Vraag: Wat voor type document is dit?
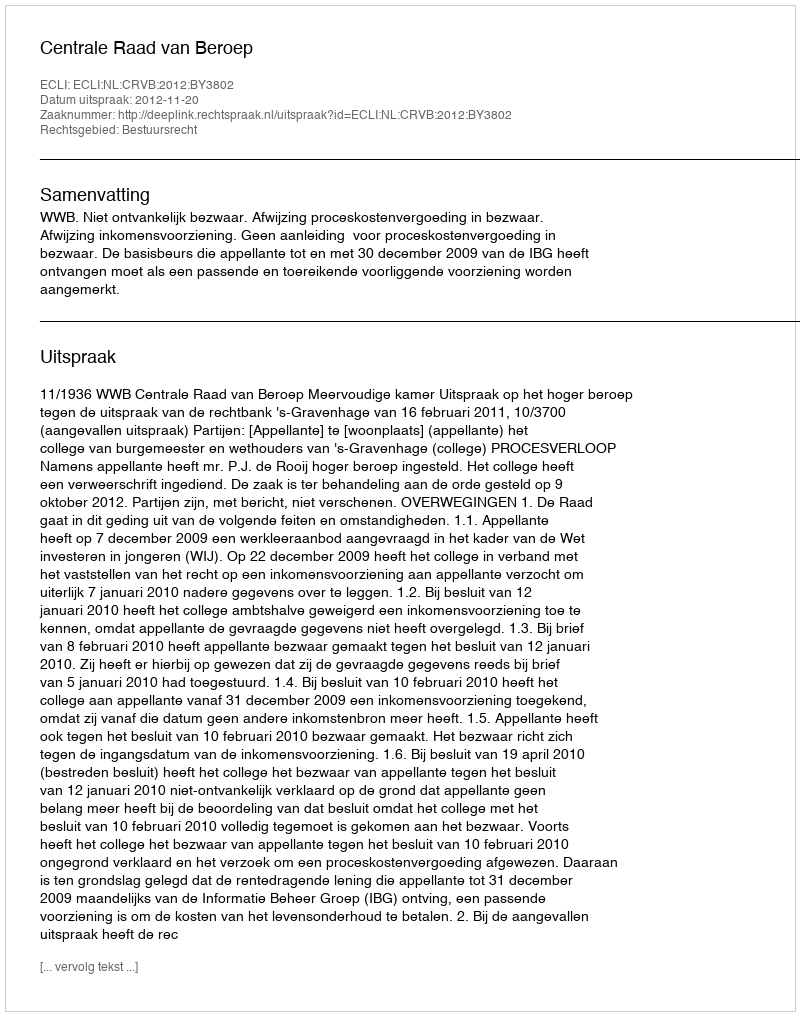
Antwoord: Uitspraak